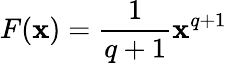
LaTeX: F(\mathbf{x})={\frac{{1}}{{q+1}}}\mathbf{x}^{q+1}